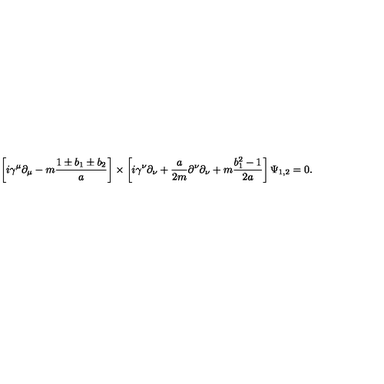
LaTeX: \left[ i \gamma ^ { \mu } \partial _ { \mu } - m { \frac { 1 \pm b _ { 1 } \pm b _ { 2 } } { a } } \right] \times \left[ i \gamma ^ { \nu } \partial _ { \nu } + { \frac { a } { 2 m } } \partial ^ { \nu } \partial _ { \nu } + m { \frac { b _ { 1 } ^ { 2 } - 1 } { 2 a } } \right] \Psi _ { 1 , 2 } = 0 .